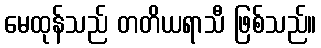
မေထုန်သည် တတိယရာသီ ဖြစ်သည်။